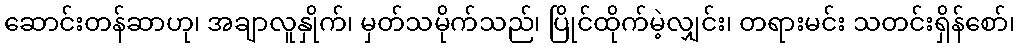
ဆောင်းတန်ဆာဟု၊ အချာလူနှိုက်၊ မှတ်သမိုက်သည်၊ ပြိုင်ထိုက်မဲ့လျှင်း၊ တရားမင်း သတင်းရှိန်စော်၊